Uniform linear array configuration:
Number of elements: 12
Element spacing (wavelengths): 0.5
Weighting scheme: kaiser
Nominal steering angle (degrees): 45
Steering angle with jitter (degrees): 43.444
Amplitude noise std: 0.05
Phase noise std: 0.05

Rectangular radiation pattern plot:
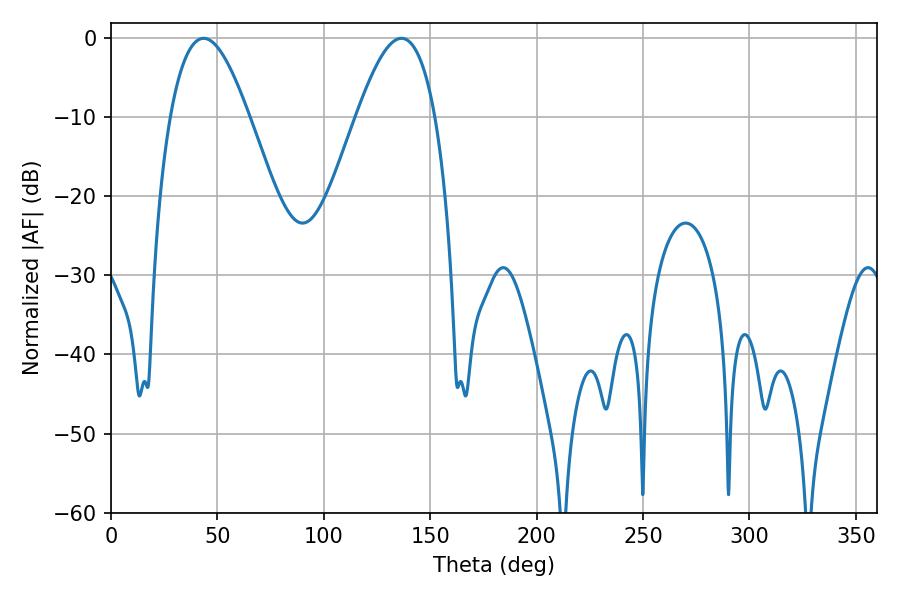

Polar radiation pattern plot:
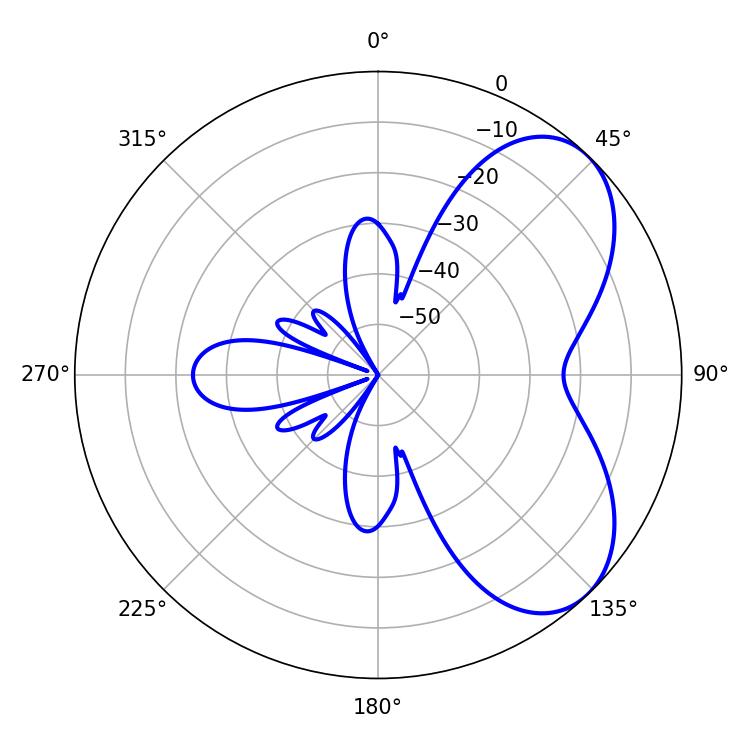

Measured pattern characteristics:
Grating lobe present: FALSE
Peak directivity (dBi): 5.716
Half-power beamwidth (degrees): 19.98
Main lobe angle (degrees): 43.56